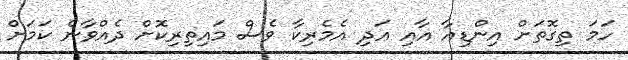
ހަމަ ތިގޮތަށް އިންޑިއާ އާއި އަދި އެމެރިކާ ވެސް މައިތިރިކޮށް ދެއްވާނެ ކަމަށް